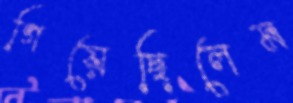
গিয়েছিলেম